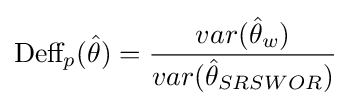
{\text{Deff}}_{p}({\hat {\theta }})={\frac {var({\hat {\theta }}_{w})}{var({\hat {\theta }}_{SRSWOR})}}